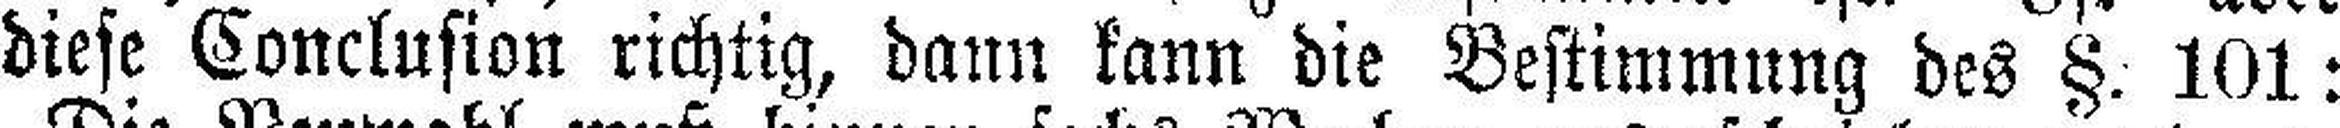
diese Conclusion richtig, dann kann die Bestimmung des §. 101: